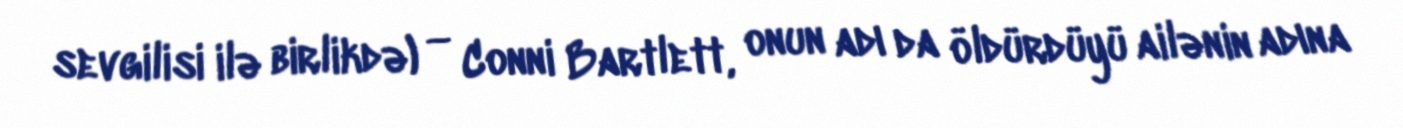
sevgilisi ilə birlikdə) — Conni Bartlett, onun adı da öldürdüyü ailənin adına